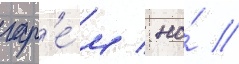
гар'е́м / но́ /